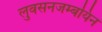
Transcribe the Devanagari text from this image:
लुवसनजम्बयिन